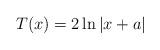
LaTeX: \begin{align*}T(x) = 2\ln|x+a|\end{align*}